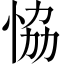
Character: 恊